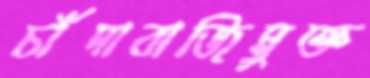
চাঁদাবাজিমুক্ত